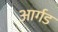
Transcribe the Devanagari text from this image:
आर्गड